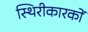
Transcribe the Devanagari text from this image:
स्थिरीकारकों